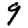
Digit: 9